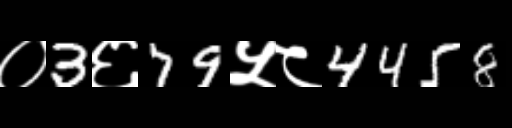
Text: ०3६79५८4458